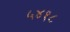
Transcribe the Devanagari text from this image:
५४१८